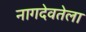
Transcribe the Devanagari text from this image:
नागदेवतेला